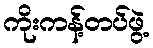
ကိုးကန့်တပ်ဖွဲ့